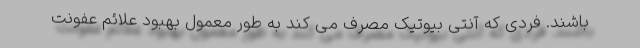
باشند. فردی که آنتی بیوتیک مصرف می کند به طور معمول بهبود علائم عفونت